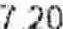
7.20